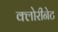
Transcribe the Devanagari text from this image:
क्लोरीनेट